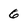
Character: 6